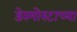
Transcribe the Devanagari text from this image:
डेस्मोस्टाच्या